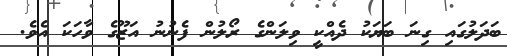
ބަދަލުގައި ގިނަ ބަޔަކު ދެއްކީ ވިލަންގެ ރޯލުން ފެނުނު އަޒޫގެ ވާހަކަ އެވެ.